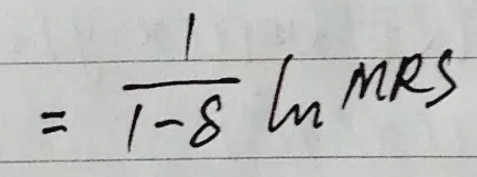
\[
=\frac{1}{1 - \delta} \ln^{MRS}
\]